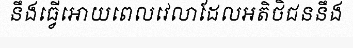
នឹងធ្វើអោយពេលវេលាដែលអតិថិជននឹង